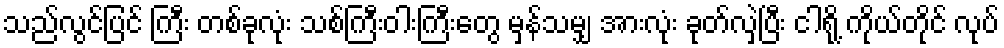
သည်လွင်ပြင် ကြီး တစ်ခုလုံး သစ်ကြီးဝါးကြီးတွေ မှန်သမျှ အားလုံး ခုတ်လှဲပြီး ငါရို့ ကိုယ်တိုင် လုပ်